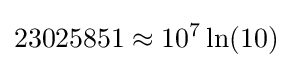
23025851\approx 10^{7}\ln(10)